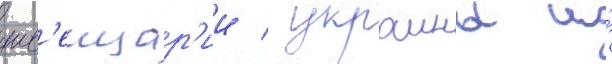
шв'еицар'ии / украины и́